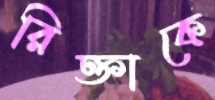
রিক্তাকে